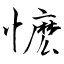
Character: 懡